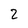
Character: 2